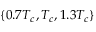
\{ 0 . 7 T _ { c } , T _ { c } , 1 . 3 T _ { c } \}